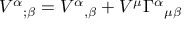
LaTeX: V ^ { \alpha } { } _ { ; \beta } = V ^ { \alpha } { } _ { , \beta } + V ^ { \mu } \Gamma ^ { \alpha } { } _ { \mu \beta }